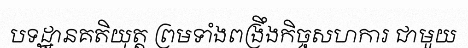
បទដ្ឋានគតិយុត្ត ព្រមទាំងពង្រឹងកិច្ចសហការ ជាមួយ